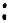
: